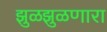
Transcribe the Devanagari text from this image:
झुळझुळणारा